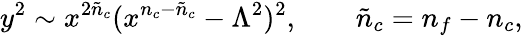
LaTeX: y^{2}\sim x^{2{\tilde{n}}_{c}}(x^{n_{c}-{\tilde{n}}_{c}}-\Lambda^{2})^{2},\qquad{\tilde{n}}_{c}=n_{f}-n_{c},